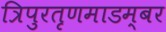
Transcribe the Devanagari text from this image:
त्रिपुरतृणमाडम्बर